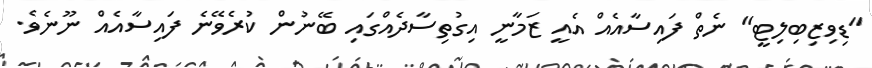
"ޑިވިޒިބިލިޓީ" ނެތް ފައިސާއެއް އެއީ ޒަމާނީ އިގުތިސާދެއްގައި ބޭނުން ކުރެވޭނެ ފައިސާއެއް ނޫނެވެ.